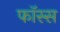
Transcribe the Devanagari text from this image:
फॉस्स